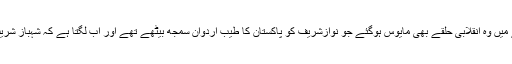
دوسری طرف پراسرار خاموشی کے نتیجے میں وہ انقلابی حلقے بھی مایوس ہوگئے جو نوازشریف کو پاکستان کا طیب اردوان سمجھ بیٹھے تھے اور اب لگتا ہے کہ شہباز شریف کا بیانیہ بھی نتیجہ خیز ثابت نہیں ہورہا ۔